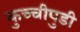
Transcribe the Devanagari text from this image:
कुच्चीपुडी